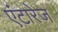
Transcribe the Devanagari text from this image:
एंटारेज